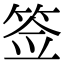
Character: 签